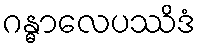
ဂန္ဓာလေပဿိဒံ